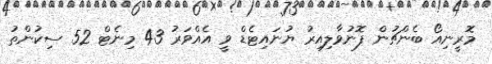
މޮރީނިއޯ ބެންޗުން ފޮނުވާލިއިރު ޔުނައިޓެޑް ވީ އެއްވަރު 43 މިނެޓް 52 ސިކުންތު